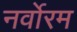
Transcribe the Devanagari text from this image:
नर्वोरम